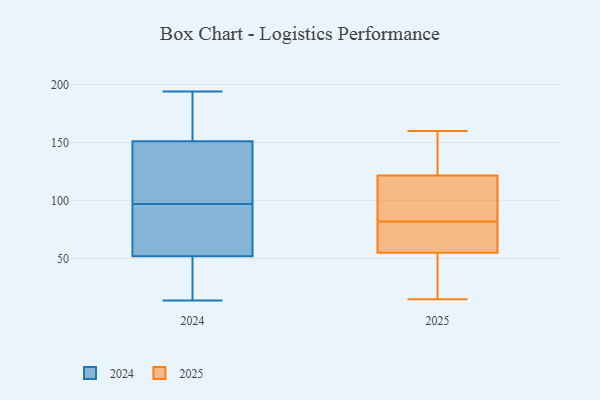
{"axis": {"x": "Website Visitors", "y": "Value"}, "legend": ["2024", "2025"], "data": [{"x": "", "y": 135, "type": "2024"}, {"x": "", "y": 149, "type": "2024"}, {"x": "", "y": 40, "type": "2024"}, {"x": "", "y": 95, "type": "2024"}, {"x": "", "y": 194, "type": "2024"}, {"x": "", "y": 173, "type": "2024"}, {"x": "", "y": 147, "type": "2024"}, {"x": "", "y": 56, "type": "2024"}, {"x": "", "y": 89, "type": "2024"}, {"x": "", "y": 40, "type": "2024"}, {"x": "", "y": 14, "type": "2024"}, {"x": "", "y": 158, "type": "2024"}, {"x": "", "y": 97, "type": "2024"}, {"x": "", "y": 117, "type": "2025"}, {"x": "", "y": 76, "type": "2025"}, {"x": "", "y": 87, "type": "2025"}, {"x": "", "y": 60, "type": "2025"}, {"x": "", "y": 68, "type": "2025"}, {"x": "", "y": 40, "type": "2025"}, {"x": "", "y": 15, "type": "2025"}, {"x": "", "y": 117, "type": "2025"}, {"x": "", "y": 136, "type": "2025"}, {"x": "", "y": 147, "type": "2025"}, {"x": "", "y": 160, "type": "2025"}, {"x": "", "y": 31, "type": "2025"}, {"x": "", "y": 82, "type": "2025"}]}